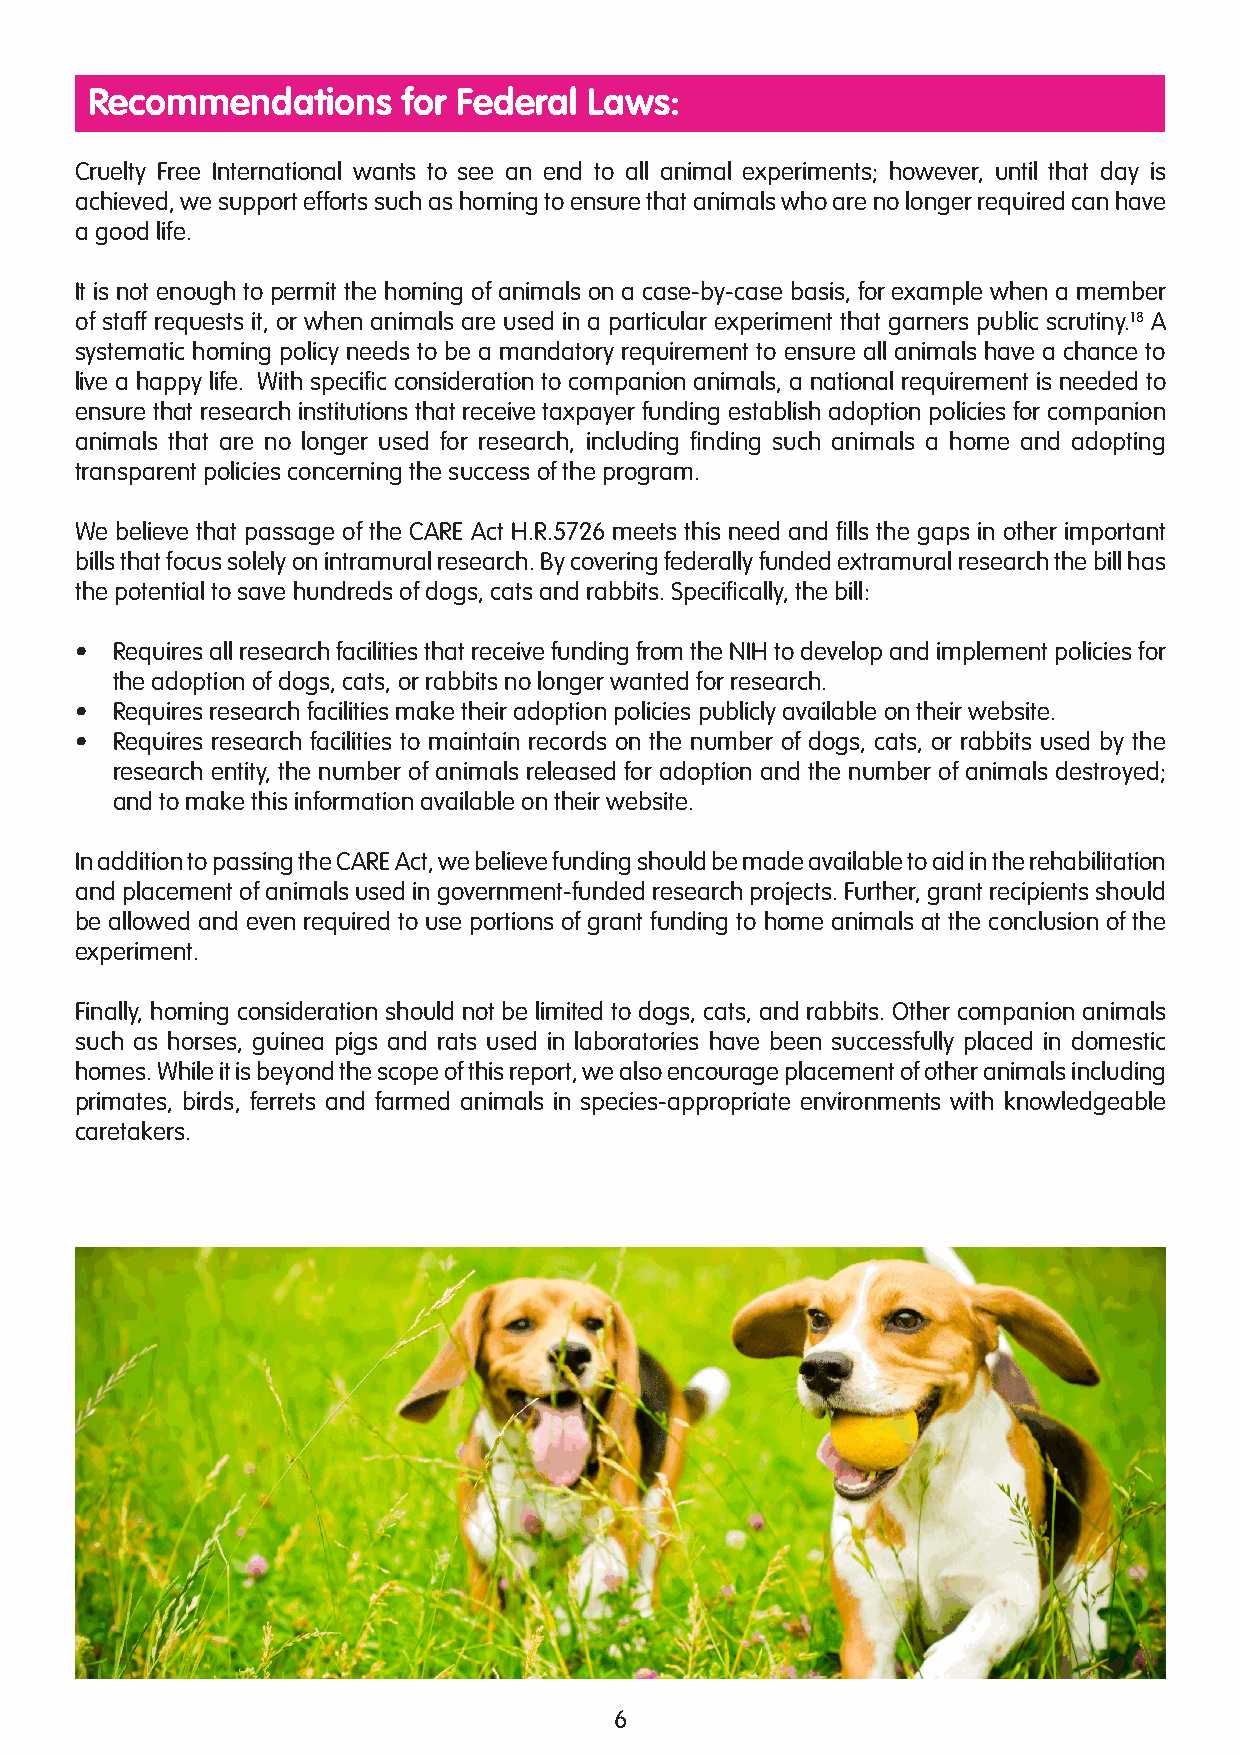
Recommendations      for Federal Laws:
 Cruelty Free International wants to see an end to all animal experiments; however, until that day is
 achieved, we support efforts such as homing to ensure that animals who are no longer required can have
 a good life.
 It is not enough to permit the homing of animals on a case-by-case basis, for example when a member
 of staff requests it, or when animals are used in a particular experiment that garners public scrutiny.18 A
 systematic homing policy needs to be a mandatory requirement to ensure all animals have a chance to
 live a happy life. With specific consideration to companion animals, a national requirement is needed to
 ensure that research institutions that receive taxpayer funding establish adoption policies for companion
 animals that are no longer used for research, including finding such animals a home and adopting
 transparent policies concerning the success of the program.
 We believe that passage of the CARE Act H.R.5726 meets this need and fills the gaps in other important
 bills that focus solely on intramural research. By covering federally funded extramural research the bill has
 the potential to save hundreds of dogs, cats and rabbits. Specifically, the bill:
 • Requires all research facilities that receive funding from the NIH to develop and implement policies for
 the adoption of dogs, cats, or rabbits no longer wanted for research.
 • Requires research facilities make their adoption policies publicly available on their website.
 • Requires research facilities to maintain records on the number of dogs, cats, or rabbits used by the
 research entity, the number of animals released for adoption and the number of animals destroyed;
 and to make this information available on their website.
 In addition to passing the CARE Act, we believe funding should be made available to aid in the rehabilitation
 and placement of animals used in government-funded research projects. Further, grant recipients should
 be allowed and even required to use portions of grant funding to home animals at the conclusion of the
 experiment.
 Finally, homing consideration should not be limited to dogs, cats, and rabbits. Other companion animals
 such as horses, guinea pigs and rats used in laboratories have been successfully placed in domestic
 homes. While it is beyond the scope of this report, we also encourage placement of other animals including
 primates, birds, ferrets and farmed animals in species-appropriate environments with knowledgeable
 caretakers.
 6